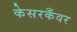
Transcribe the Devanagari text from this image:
केसरकँवर